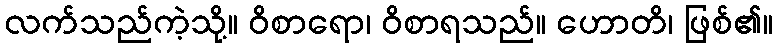
လက်သည်ကဲ့သို့။ ဝိစာရော၊ ဝိစာရသည်။ ဟောတိ၊ ဖြစ်၏။